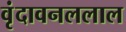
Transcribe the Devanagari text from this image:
वृंदावनललाल